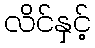
လိင်နှင့်